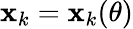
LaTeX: \mathbf{x}_{k}=\mathbf{x}_{k}(\theta)